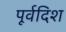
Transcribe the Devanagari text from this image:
पूर्वदिश